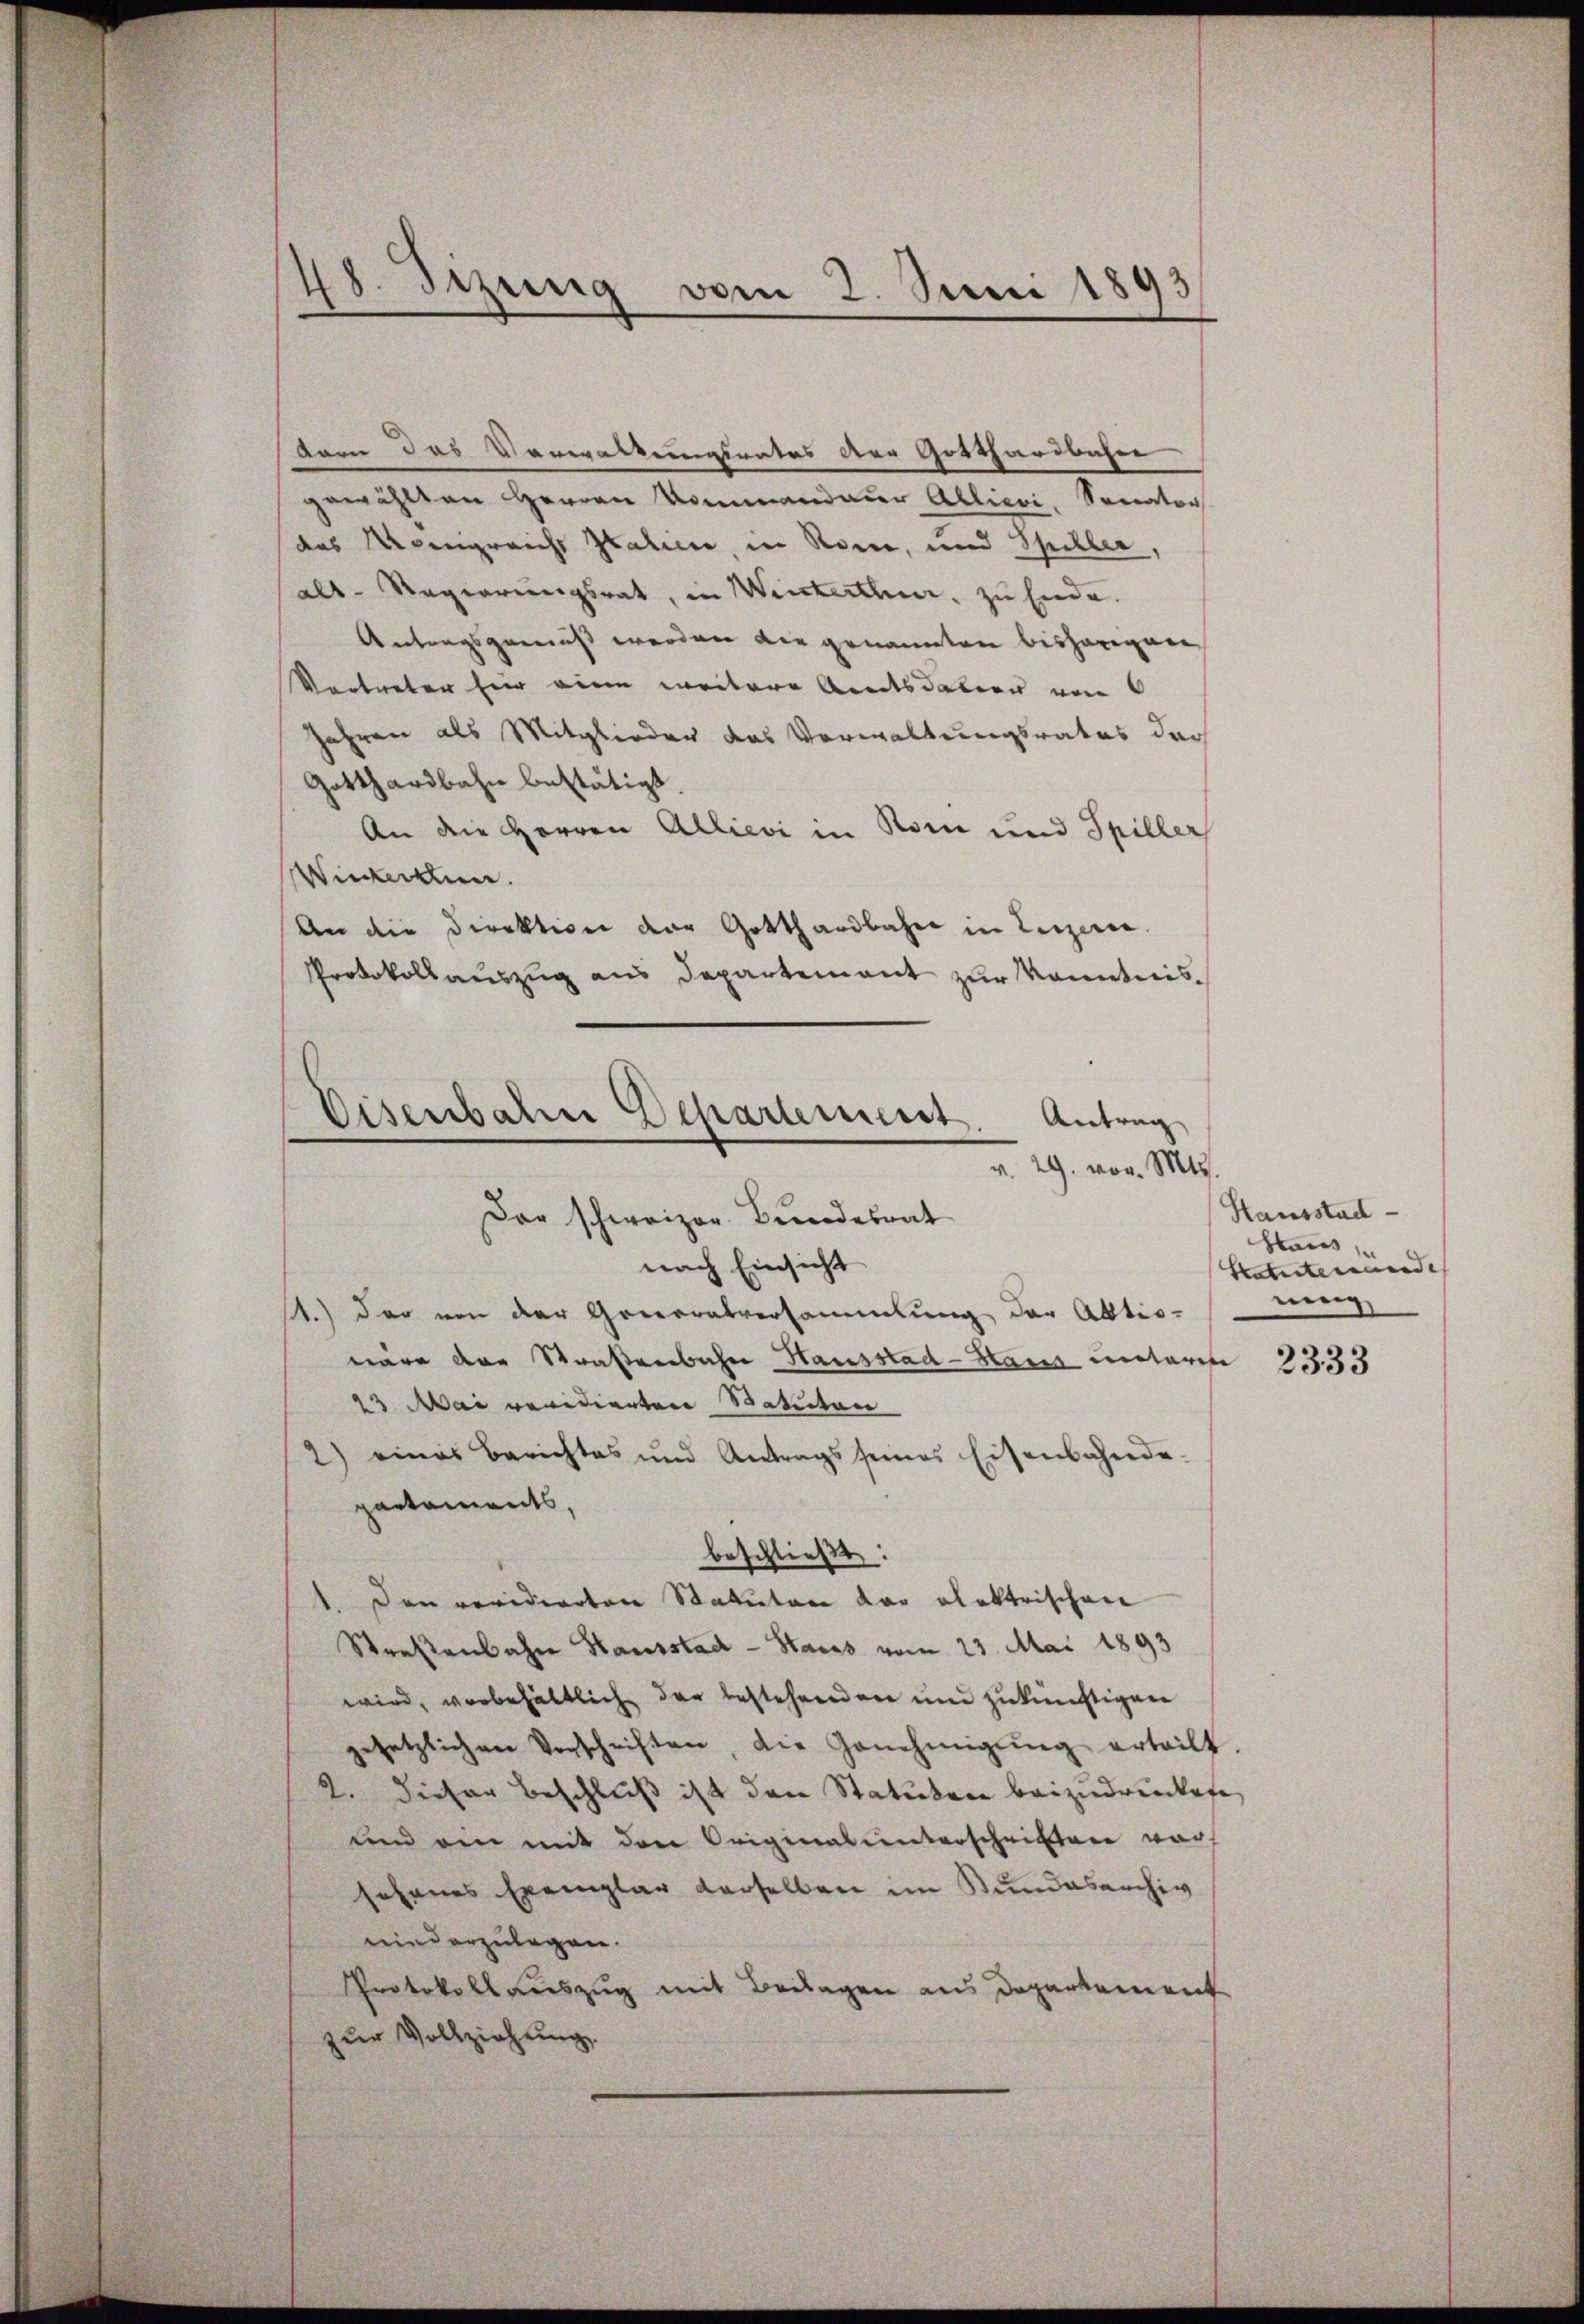
48. Sizung vom 2. Juni 1893

dorn das Vorwaltungsrates der Gotthardbahne
gewählten HHerren Kommandauer Ablievi. Sonator
das Meingreichs Italien, in Rome, und Spiller
als-Regierungsrat, in Winterthur, zu Ende.
Antragsgemäß werden die genannten bisherigen
Vortreter für eine weitere Amtsdation von
Jahren als Mitglieder das Vorwaltungsrates dar
Gotthardbahn bestätigt.
An die Herren Allievi in Rom und Spiller
Wiekerken.
An die Direktion der Gotthardbahn in Luzern.
Protokollauszug aus Departement zur Kenntnis¬

Eisenbahn Departemest
Antrag
v. 29. vor. Mts.
Der schweizer Bundesrat
nach Einsicht
11.) Der von der Generalversammlung der Abtio-

näre der Straßenbahn Hausstad-Haus metarise
23 Mai revidierten Statuten
2) eines Berichtes und Antrags seines Eisenbahnde-
partements,
beschließt:
Den revidierten Statuten vor elektrischen
Straßenbahne Hausstad - Hases vom 23. Mai 1893
wird, vorbehältlich der bestehenden und zukünftigen
gesetzlichen Vorschriften, die Genehmigŭng erteilt.
2. Dieser Beschluß ist den Statuten beizudruckete,
und ein mit der Originalunterschriften vor
sohannes Exemplar derselben im Bundesarchiv
niederzulegen.
Protokollauszug mit Beilagen aus Departement
zŭr Vollziehung.

Hausstad
Staus
Hatenteienende
nung

2333